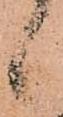
候